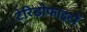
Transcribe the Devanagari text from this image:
टेरिडोफाइटों